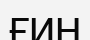
ҒИН